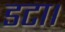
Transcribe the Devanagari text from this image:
डटा।